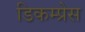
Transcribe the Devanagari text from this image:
डिकम्प्रेस